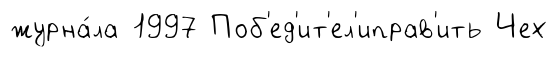
журна́ла 1997 Поб'ед'ит'ел'иправ'ить Чех